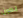
انطون